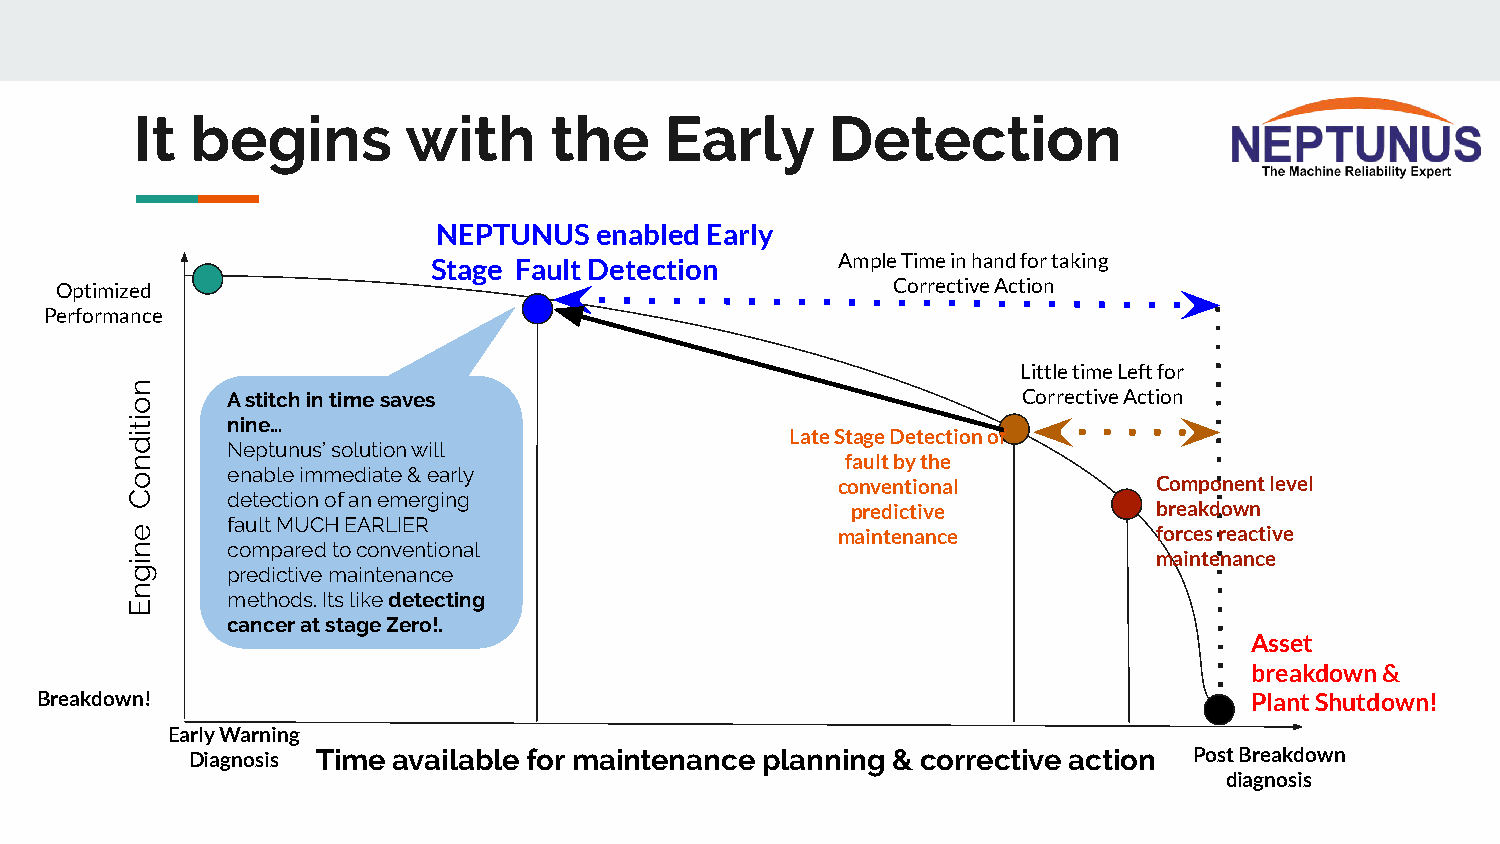
It  begins        with     the     Early      Detection
 NEPTUNUS  enabled Early
 Stage Fault Detection      Ample Time in hand for taking
 Optimized                                              Corrective Action
 Performance
 Little time Left for
 A stitch in time saves                               Corrective Action
 nine…
 Late Stage Detection of
 Neptunus’ solution will
 fault by the
 enable immediate & early
 conventional          Component level
 detection of an emerging
 predictive           breakdown
 fault MUCH EARLIER
 maintenance           forces reactive
 compared to conventional
 maintenance
 predictive maintenance
 methods. Its like detecting
 cancer at stage Zero!.
 Asset
 breakdown &
 Breakdown!                                                                       Plant Shutdown!
 Early Warning
 Diagnosis Time available for maintenance planning & corrective action Post Breakdown
 diagnosis
 noitidnoC
 enignE